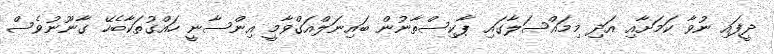
ދީފައި ނުވާ ކަމަށާއި އަދި މިމައްސަލާގައި ޕާކިސްތާނުން ބައިނަލްއަގްވާމީ އިންސާނީ ހައްގުތަކާބެހޭ ގާނޫނުވެސް